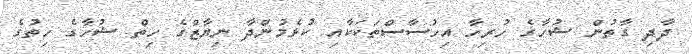
ދާދި ގާތުން ޝުހާގެ ހުރިހާ އިހުސާސްތަކަކާއި ކުޅެމުންދާ ނިޔާޒްގެ ހިތް ޝުހާގެ ހިތުގެ